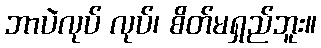
ဘာပဲလုပ် လုပ်၊ စိတ်မရှည်ဘူး။